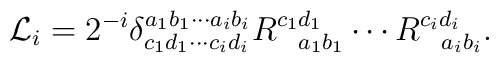
{\cal L}_i=2^{-i}\delta^{a_1b_1\cdots a_ib_i}_{c_1d_1\cdots c_id_i}  R^{c_1d_1}_{\ \ a_1b_1}\cdots R^{c_id_i}_{\ \ a_ib_i}.